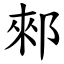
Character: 郲